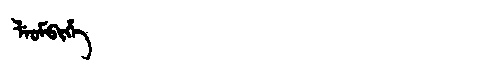
Manchu: ᠯᡝᠣᠮᠪᡳᡥᡝ
Romanization: LEOMBIHE